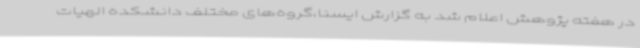
در هفته پژوهش اعلام شد به گزارش ایسنا،گروه‌های مختلف دانشکده الهیات